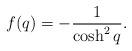
LaTeX: \begin{align*} f(q)= - \frac{1}{\cosh ^2q}.\end{align*}